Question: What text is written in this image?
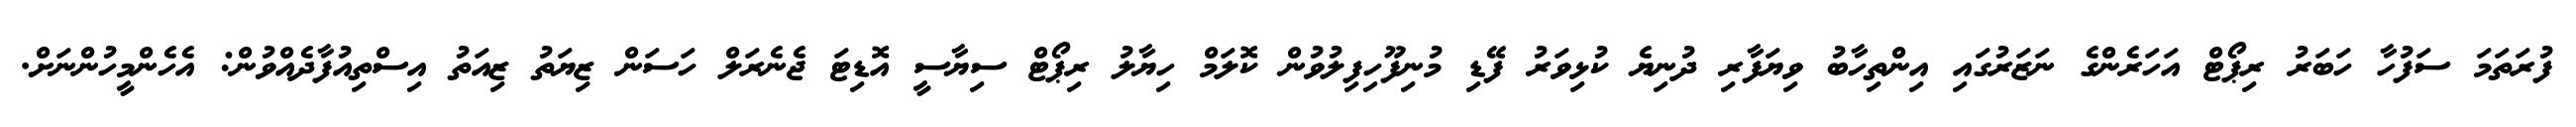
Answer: ފުރަތަމަ ސަފުހާ ހަބަރު ރިޕޯޓް އަހަރެންގެ ނަޒަރުގައި އިންތިހާބު ވިޔަފާރި ދުނިޔެ ކުޅިވަރު ފޭޑި މުނިފޫހިފިލުވުން ކޮލަމް ހިޔާލު ރިޕޯޓް ސިޔާސީ އޮޑިޓަ ޖެނެރަލް ހަސަން ޒިޔަތު ޒިއަތު އިސްތިއުފާދެއްވުން: އެހެންމީހުންނަށް.